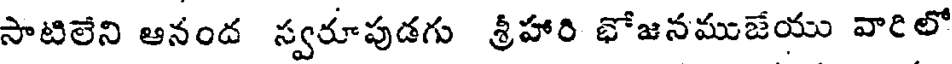
సాటిలేని ఆనంద స్వరూపుడగు శ్రీహారి భోజనముజేయు వారిలో